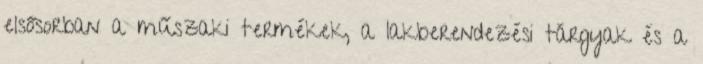
elsősorban a műszaki termékek, a lakberendezési tárgyak és a